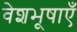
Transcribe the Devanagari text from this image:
वेशभूषाएँ